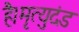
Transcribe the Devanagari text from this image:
है।मृत्युदंड